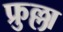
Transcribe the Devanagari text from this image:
फ्रुल्ला